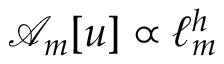
\mathcal { A } _ { m } [ u ] \propto \ell _ { m } ^ { h }